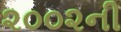
૨૦૦૨ની